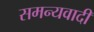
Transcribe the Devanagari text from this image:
समन्यवादी